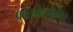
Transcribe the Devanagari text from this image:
पर्वतदिनानिमित्त